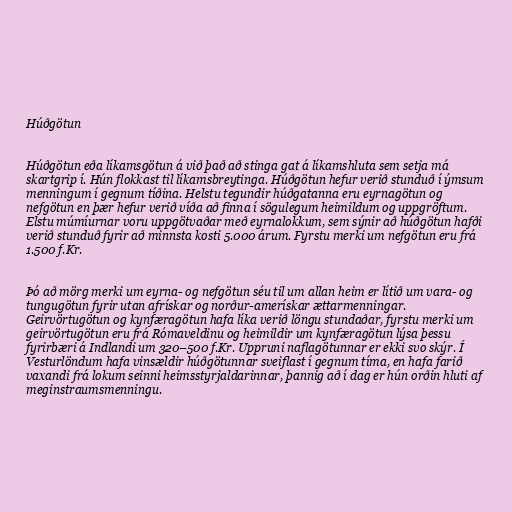
Húðgötun

Húðgötun eða líkamsgötun á við það að stinga gat á líkamshluta sem setja má
skartgrip í. Hún flokkast til líkamsbreytinga. Húðgötun hefur verið stunduð í ýmsum
menningum í gegnum tíðina. Helstu tegundir húðgatanna eru eyrnagötun og
nefgötun en þær hefur verið víða að finna í sögulegum heimildum og uppgröftum.
Elstu múmíurnar voru uppgötvaðar með eyrnalokkum, sem sýnir að húðgötun hafði
verið stunduð fyrir að minnsta kosti 5.000 árum. Fyrstu merki um nefgötun eru frá
1.500 f.Kr.

Þó að mörg merki um eyrna- og nefgötun séu til um allan heim er lítið um vara- og
tungugötun fyrir utan afrískar og norður-amerískar ættarmenningar.
Geirvörtugötun og kynfæragötun hafa líka verið löngu stundaðar, fyrstu merki um
geirvörtugötun eru frá Rómaveldinu og heimildir um kynfæragötun lýsa þessu
fyrirbæri á Indlandi um 320–500 f.Kr. Uppruni naflagötunnar er ekki svo skýr. Í
Vesturlöndum hafa vinsældir húðgötunnar sveiflast í gegnum tíma, en hafa farið
vaxandi frá lokum seinni heimsstyrjaldarinnar, þannig að í dag er hún orðin hluti af
meginstraumsmenningu.